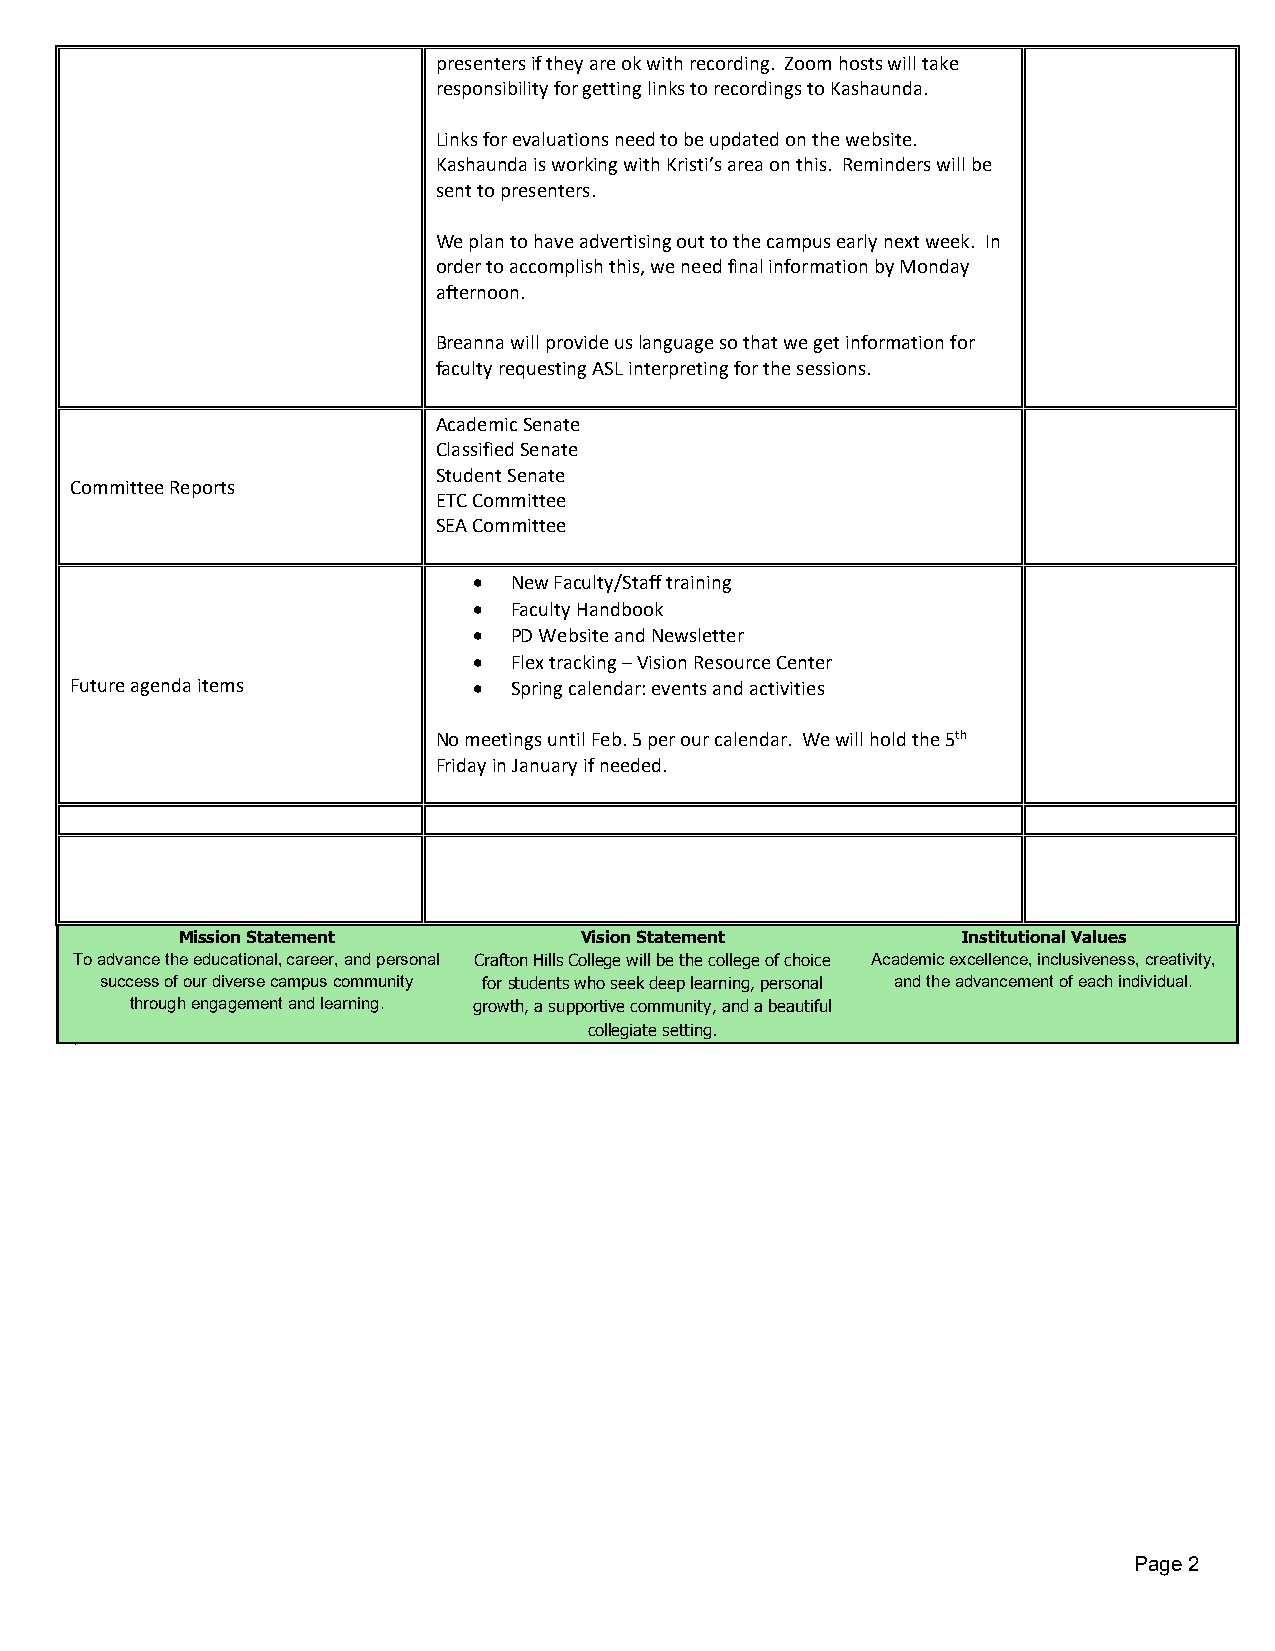
presenters if they are ok with recording. Zoom hosts will take
 responsibility for getting links to recordings to Kashaunda.
 Links for evaluations need to be updated on the website.
 Kashaunda is working with Kristi’s area on this. Reminders will be
 sent to presenters.
 We plan to have advertising out to the campus early next week. In
 order to accomplish this, we need final information by Monday
 afternoon.
 Breanna will provide us language so that we get information for
 faculty requesting ASL interpreting for the sessions.
 Academic Senate
 Classified Senate
 Student Senate
 Committee Reports
 ETC Committee
 SEA Committee
 •  New Faculty/Staff training
 •  Faculty Handbook
 •  PD Website and Newsletter
 •  Flex tracking – Vision Resource Center
 Future agenda items       •  Spring calendar: events and activities
 No meetings until Feb. 5 per our calendar. We will hold the 5th
 Friday in January if needed.
 Mission Statement         Vision Statement          Institutional Values
 To advance the educational, career, and personal Crafton Hills College will be the college of choice Academic excellence, inclusiveness, creativity,
 success of our diverse campus community for students who seek deep learning, personal and the advancement of each individual.
 through engagement and learning. growth, a supportive community, and a beautiful
 collegiate setting.
 b
 Page 2